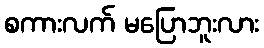
စကားလက် မပြောဘူးလား